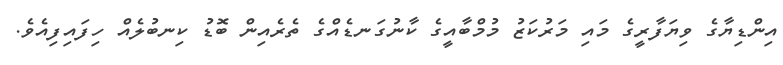
އިންޑިޔާގެ ވިޔަފާރީގެ މައި މަރުކަޒު މުމްބާއީގެ ކާނުގަނޑެއްގެ ތެރެއިން ބޮޑު ކިނބުލެއް ހިފައިފިއެވެ.